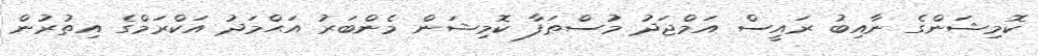
ކޮމިޝަންގެ ނާއިބު ރައީސް އަމްޖަދު މުސްޠަފާ ކޮމިޝަން މެންބަރު އަޙްމަދު އަކްރަމްގެ އިތުރުން